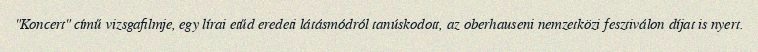
"Koncert" című vizsgafilmje, egy lírai etűd eredeti látásmódról tanúskodott, az oberhauseni nemzetközi fesztiválon díjat is nyert.